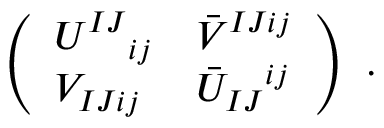
\left( \begin{array} { l l } { { U ^ { I J } { } _ { i j } } } & { { \bar { V } ^ { I J i j } } } \\ { { V _ { I J i j } } } & { { \bar { U } _ { I J } { } ^ { i j } } } \end{array} \right) \ .